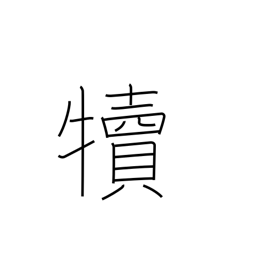
Meaning: calf